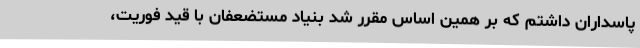
پاسداران داشتم که بر همین اساس مقرر شد بنیاد مستضعفان با قید فوریت،